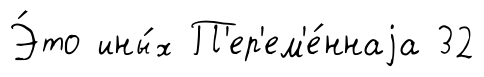
Э́то ины́х П'ер'ем'е́ннаjа 32